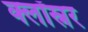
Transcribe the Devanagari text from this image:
क्लॉस्नर